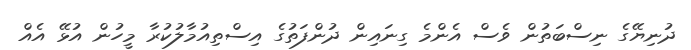
ދުނިޔޭގެ ނިސްބަތުން ވެސް އެންމެ ގިނައިން ދުންފަތުގެ އިސްތިއުމާލުކުރާ މީހުން އުޅޭ އެއް